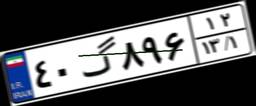
۴۰گ۸۹۶۱۲